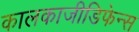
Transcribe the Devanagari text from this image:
कालकाजीडिफेन्स